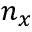
n _ { x }